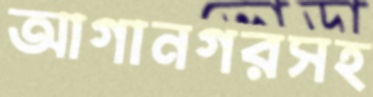
আগানগরসহ